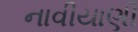
નાવીયાણી